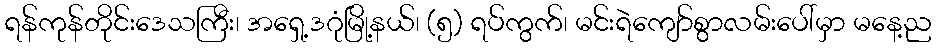
ရန်ကုန်တိုင်းဒေသကြီး၊ အရှေ့ဒဂုံမြို့နယ်၊ (၅) ရပ်ကွက်၊ မင်းရဲကျော်စွာလမ်းပေါ်မှာ မနေ့ည